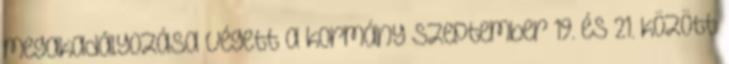
megakadályozása végett a kormány szeptember 19. és 21. között